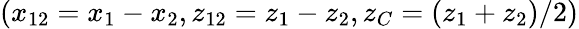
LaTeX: (x_{12}=x_{1}-x_{2},z_{12}=z_{1}-z_{2},z_{C}=(z_{1}+z_{2})/2)